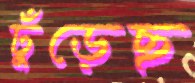
ঢুঁড়েছ